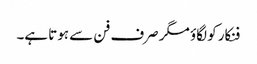
فنکار کو لگاؤ مگر صرف فن سے ہوتا ہے۔